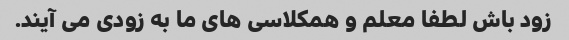
زود باش لطفا معلم و همکلاسی های ما به زودی می آیند.